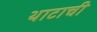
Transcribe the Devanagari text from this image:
थाटाची